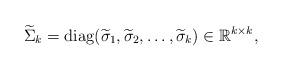
LaTeX: \begin{align*}\widetilde{\Sigma}_k = {\rm diag} (\widetilde{\sigma}_1, \widetilde{\sigma}_2, \ldots,\widetilde{\sigma}_k)\in \mathbb{R}^{ k \times k},\end{align*}